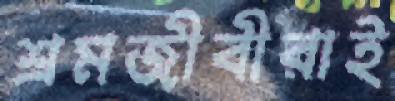
শ্রমজীবীরাই